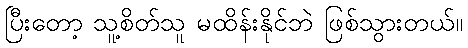
ပြီးတော့ သူ့စိတ်သူ မထိန်းနိုင်ဘဲ ဖြစ်သွားတယ်။